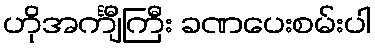
ဟိုအင်္ကျီကြီး ခဏပေးစမ်းပါ